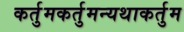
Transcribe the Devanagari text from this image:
कर्तुमकर्तुमन्यथाकर्तुम